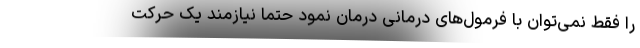
را فقط نمی‌توان با فرمول‌های درمانی درمان نمود حتما نیازمند یک حرکت